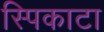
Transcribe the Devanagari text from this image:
स्पिकाटा